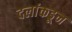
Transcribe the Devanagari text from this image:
दलांकडून